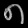
Digit: ၈